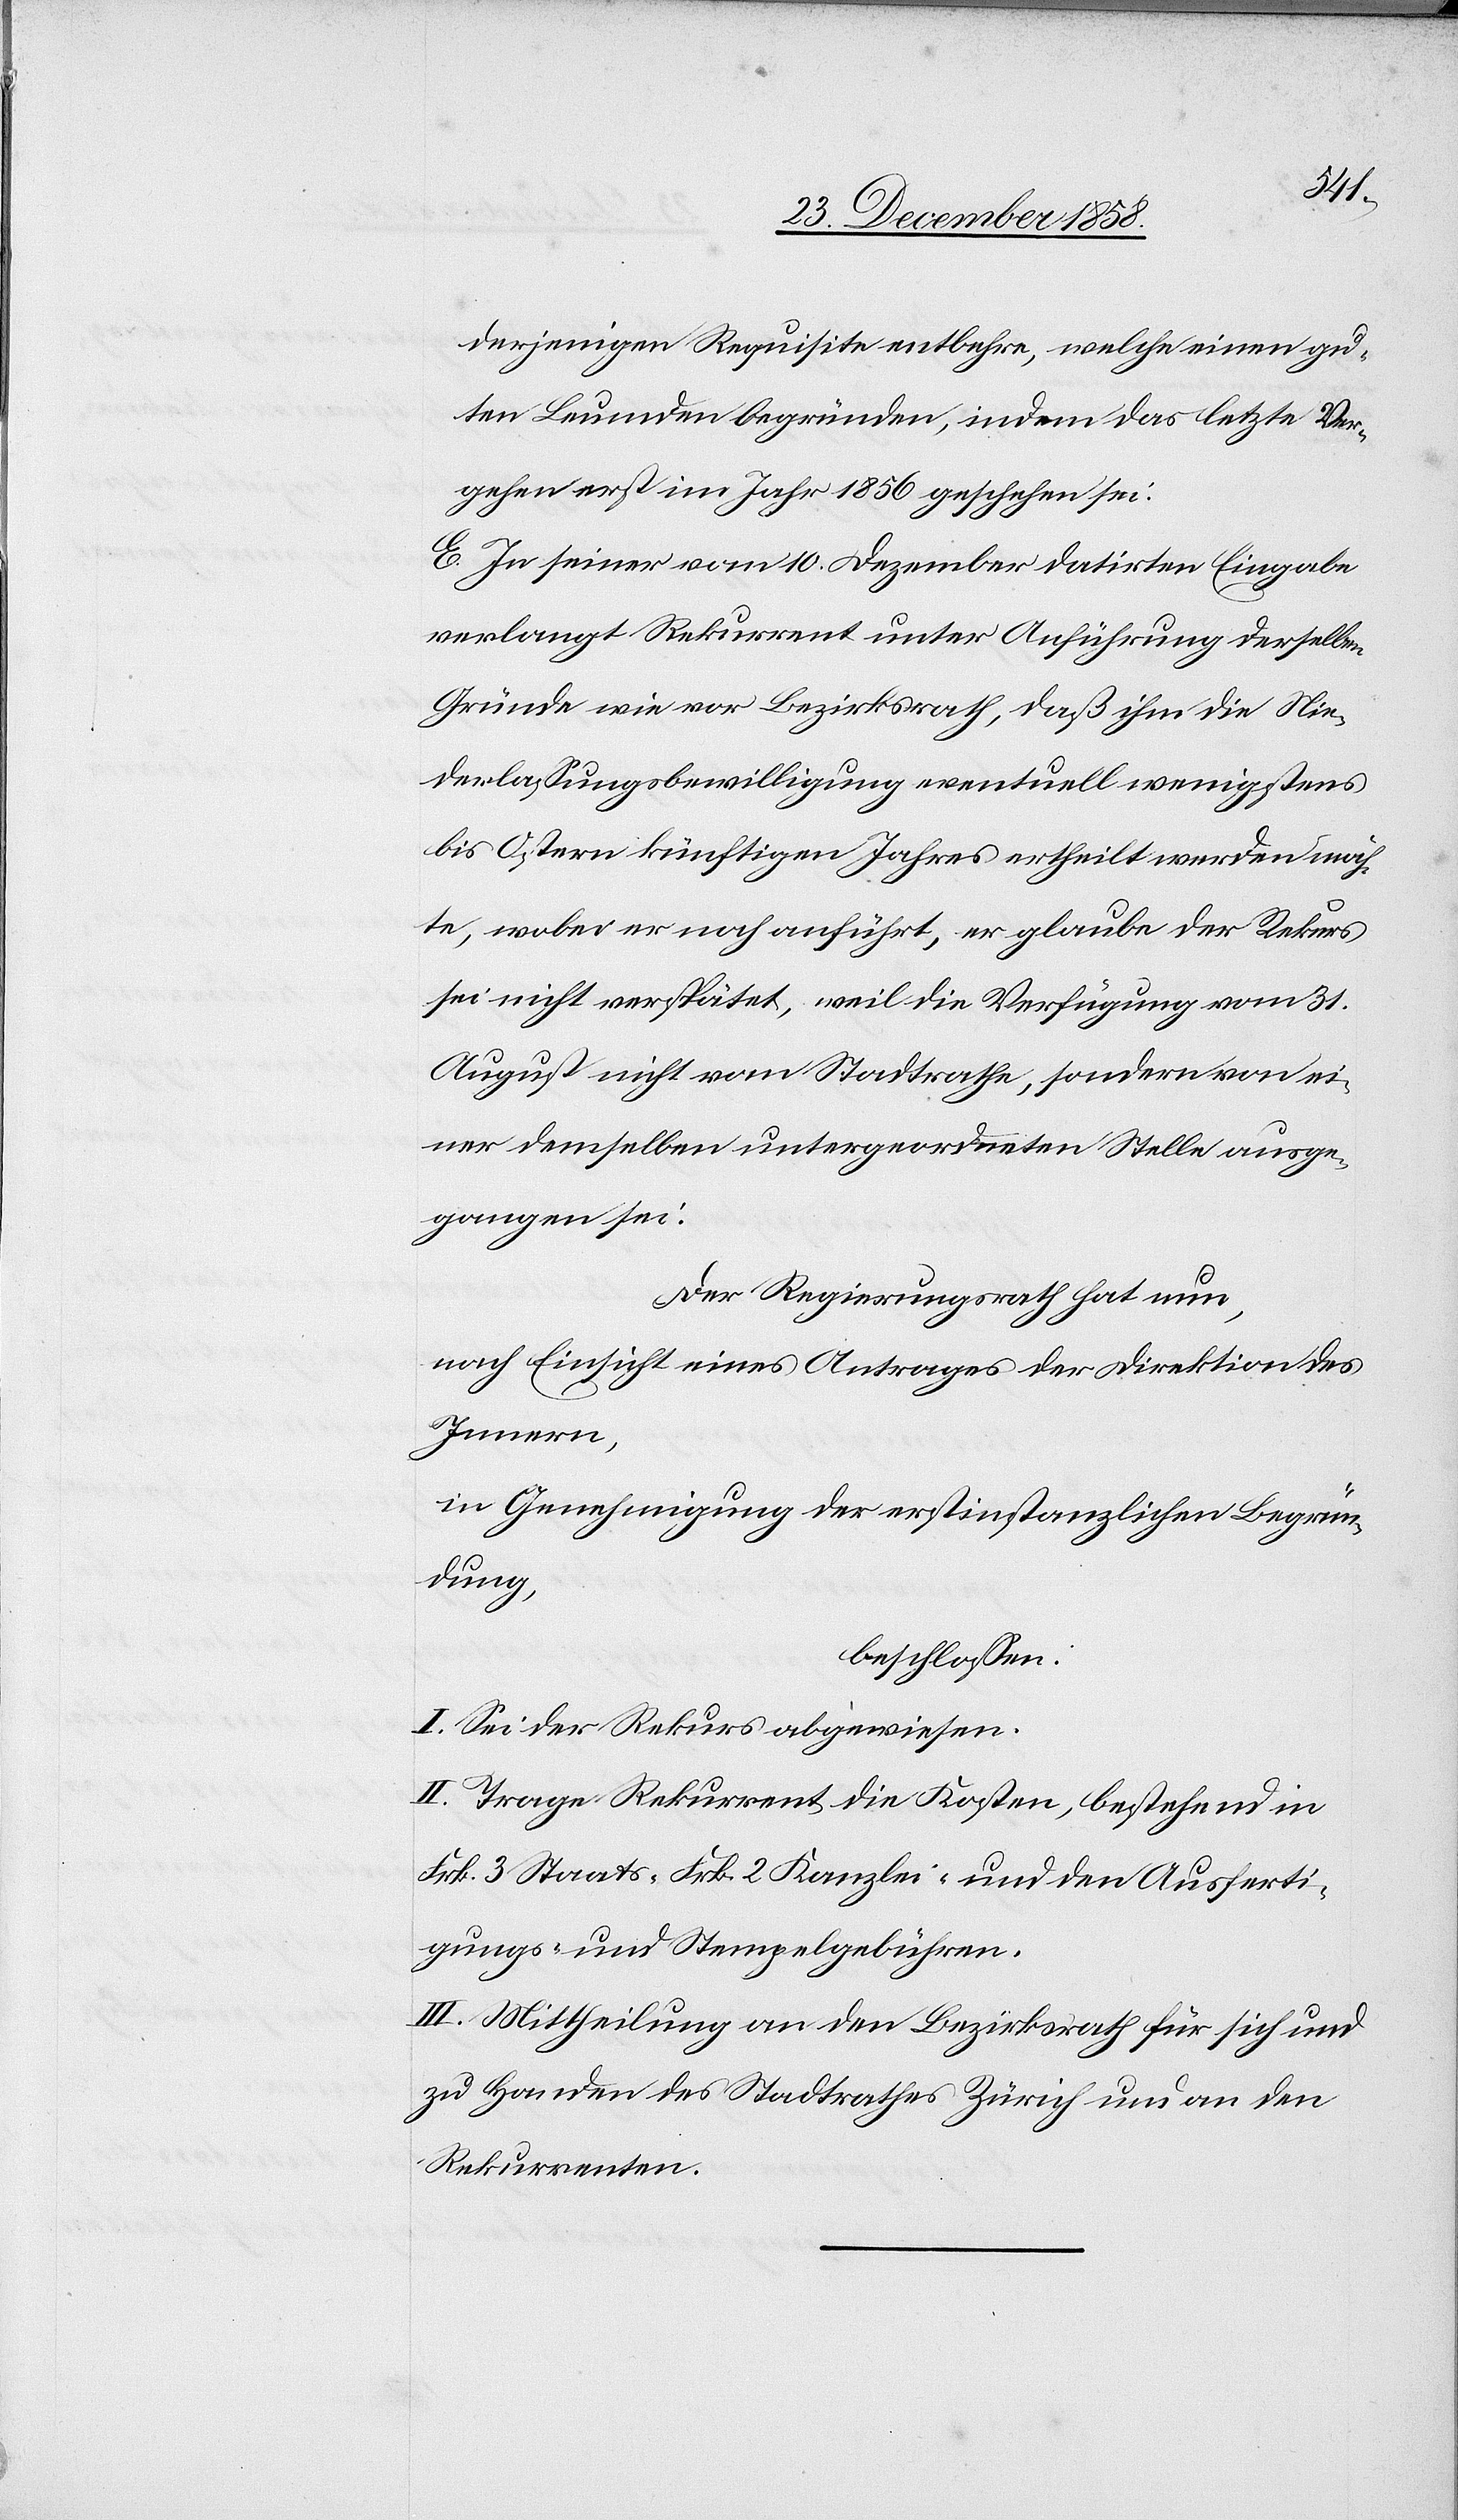
derjenigen Requisite entbehre, welche einen gu¬
ten Leumden begründen, indem das letzte Ver¬
gehen erst im Jahr 1856 geschehen sei.
E. In seiner vom 10. Dezember datirten Eingabe
verlangt Rekurrent unter Anführung derselben
Gründe wie vor Bezirksrath, daß ihm die Nie¬
derlassungsbewilligung eventuell wenigstens
bis Ostern künftigen Jahres ertheilt werden möch¬
te, wobei er noch anführt, er glaube der Rekurs
sei nicht verspätet, weil die Verfügung vom 31.
August nicht vom Stadtrathe, sondern von ei¬
ner demselben untergeordneten Stelle ausge¬
gangen sei.
Der Regierungsrath hat nun,
nach Einsicht eines Antrages der Direktion des
Innern,
in Genehmigung der erstinstanzlichen Begrün¬
dung,
beschlossen:
I. Sei der Rekurs abgewiesen.
II. Trage Rekurrent die Kosten, bestehend in
Frk. 3 Staats-[,] Frk. 2 Kanzlei- und den Ausferti¬
gungs- und Stempelgebühren.
III. Mittheilung an den Bezirksrath für sich und
zu Handen des Stadtrathes Zürich und an den
Rekurrenten.